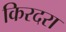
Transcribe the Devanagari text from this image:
किरदरा